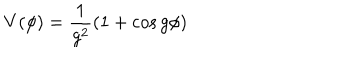
V ( \phi ) = \frac { 1 } { g ^ { 2 } } ( 1 + \cos g \phi )